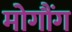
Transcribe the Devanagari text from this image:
मोगौंग